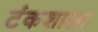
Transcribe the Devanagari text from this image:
टंकशाला